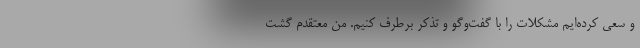
و سعی کرده‌ایم مشکلات را با گفت‌وگو و تذکر برطرف کنیم. من معتقدم گشت